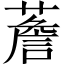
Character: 薝